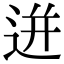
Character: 迸